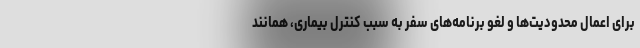
برای اعمال محدودیت‌ها و لغو برنامه‌های سفر به سبب کنترل بیماری، همانند